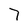
Character: 7